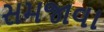
સમજાવા